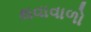
થવાવાળો